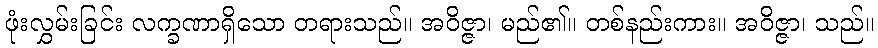
ဖုံးလွှမ်းခြင်း လက္ခဏာရှိသော တရားသည်။ အဝိဇ္ဇာ၊ မည်၏။ တစ်နည်းကား။ အဝိဇ္ဇာ၊ သည်။